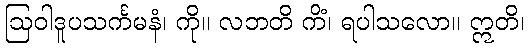
ဩဝါဒူပသင်္ကမနံ၊ ကို။ လဘတိ ကိံ၊ ရပါသလော။ ဣတိ၊